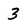
Character: 3